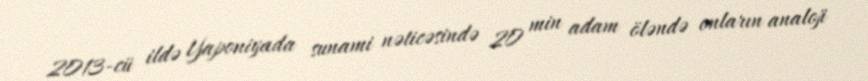
2013-cü ildə Yaponiyada sunami nəticəsində 20 min adam öləndə onların analoji